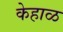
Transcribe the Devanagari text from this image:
केहाळ